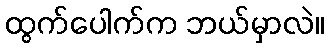
ထွက်ပေါက်က ဘယ်မှာလဲ။